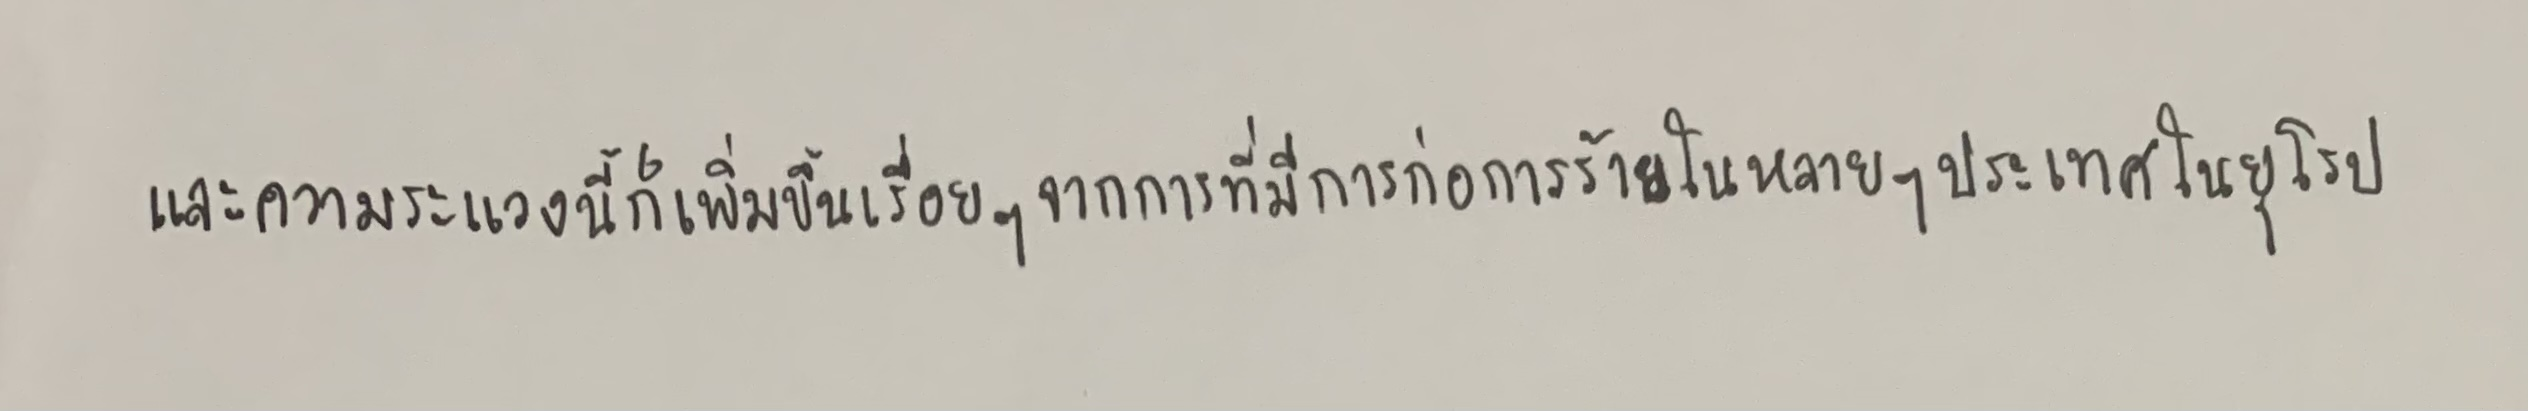
และความระแวงนี้ก็เพิ่มขึ้นเรื่อยๆจากการที่มีการก่อการร้ายในหลายๆประเทศในยุโรป